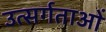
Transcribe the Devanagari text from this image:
उत्सर्गताओं